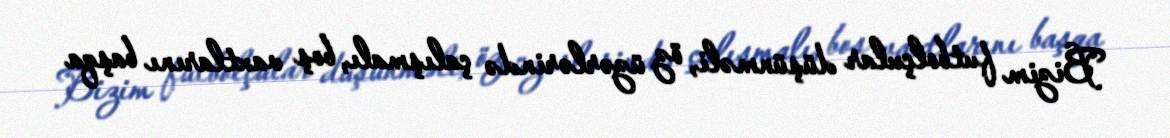
Bizim futbolçular düşünməli, öz üzərlərində çalışmalı, boş vaxtlarını başqa